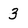
Character: 3